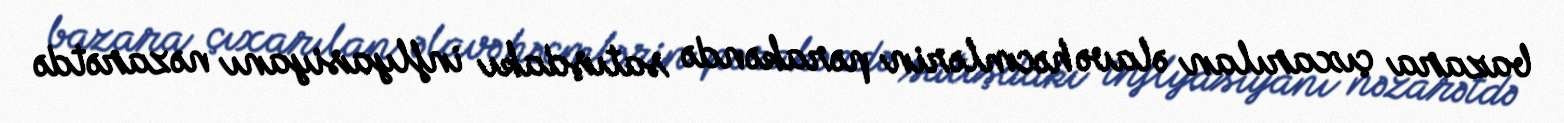
bazara çıxarılan əlavə həcmlərin pərakəndə satışdakı inflyasiyanı nəzarətdə